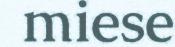
miese